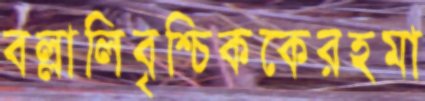
বল্লালিবৃশ্চিককেরহমা